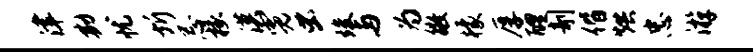
津勘忧圻忌椽漠霓虫竣与为徵檬厚醴剞偕烘忠游